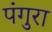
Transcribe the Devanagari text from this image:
पंगुरा